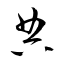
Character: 典